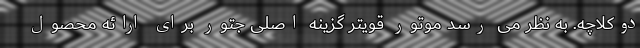
دوکلاچه. به نظر می رسد موتور قویتر گزینه اصلی جتور برای ارائه محصول